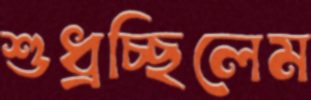
শুধ্‌রচ্ছিলেম